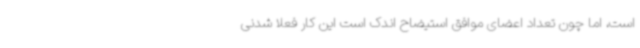
است، اما چون تعداد اعضای موافق استیضاح اندک است این کار فعلا شدنی